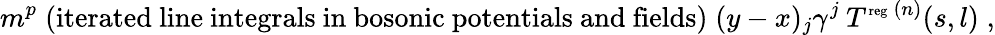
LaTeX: m^{p}\; {\mathrm{(iterated~line~integrals~in~bosonic~potentials~and~fields)}}\; (y-x)_{j}\gamma^{j}\: T^{\mathrm{\scriptsize{reg}}\: (n)}(s,l)\; ,